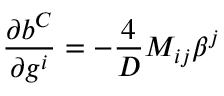
\frac { \partial b ^ { C } } { \partial g ^ { i } } = - \frac { 4 } { D } { M } _ { i j } \beta ^ { j }